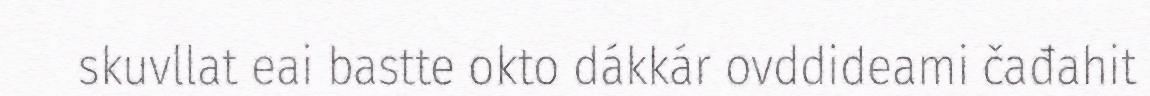
skuvllat eai bastte okto dákkár ovddideami čađahit